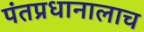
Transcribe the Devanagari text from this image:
पंतप्रधानालाच